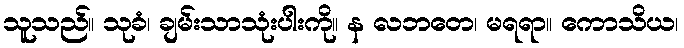
သူသည်။ သုခံ၊ ချမ်းသာသုံးပါးကို။ န လဘတေ၊ မရရာ။ ကောသိယ၊